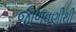
જાળવણીથી